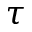
\tau